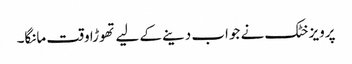
پرویز خٹک نے جواب دینے کے لیے تھوڑا وقت مانگا۔